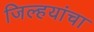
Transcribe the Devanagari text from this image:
जिल्हयांचा